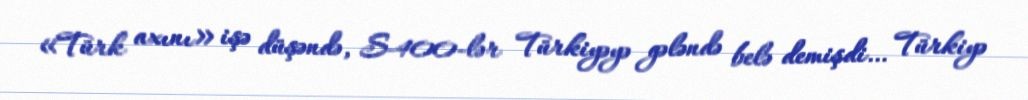
«Türk axını» işə düşəndə, S-400-lər Türkiyəyə gələndə belə demişdi… Türkiyə